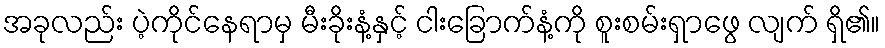
အခုလည်း ပဲ့ကိုင်နေရာမှ မီးခိုးနံ့နှင့် ငါးခြောက်နံ့ကို စူးစမ်းရှာဖွေ လျက် ရှိ၏။